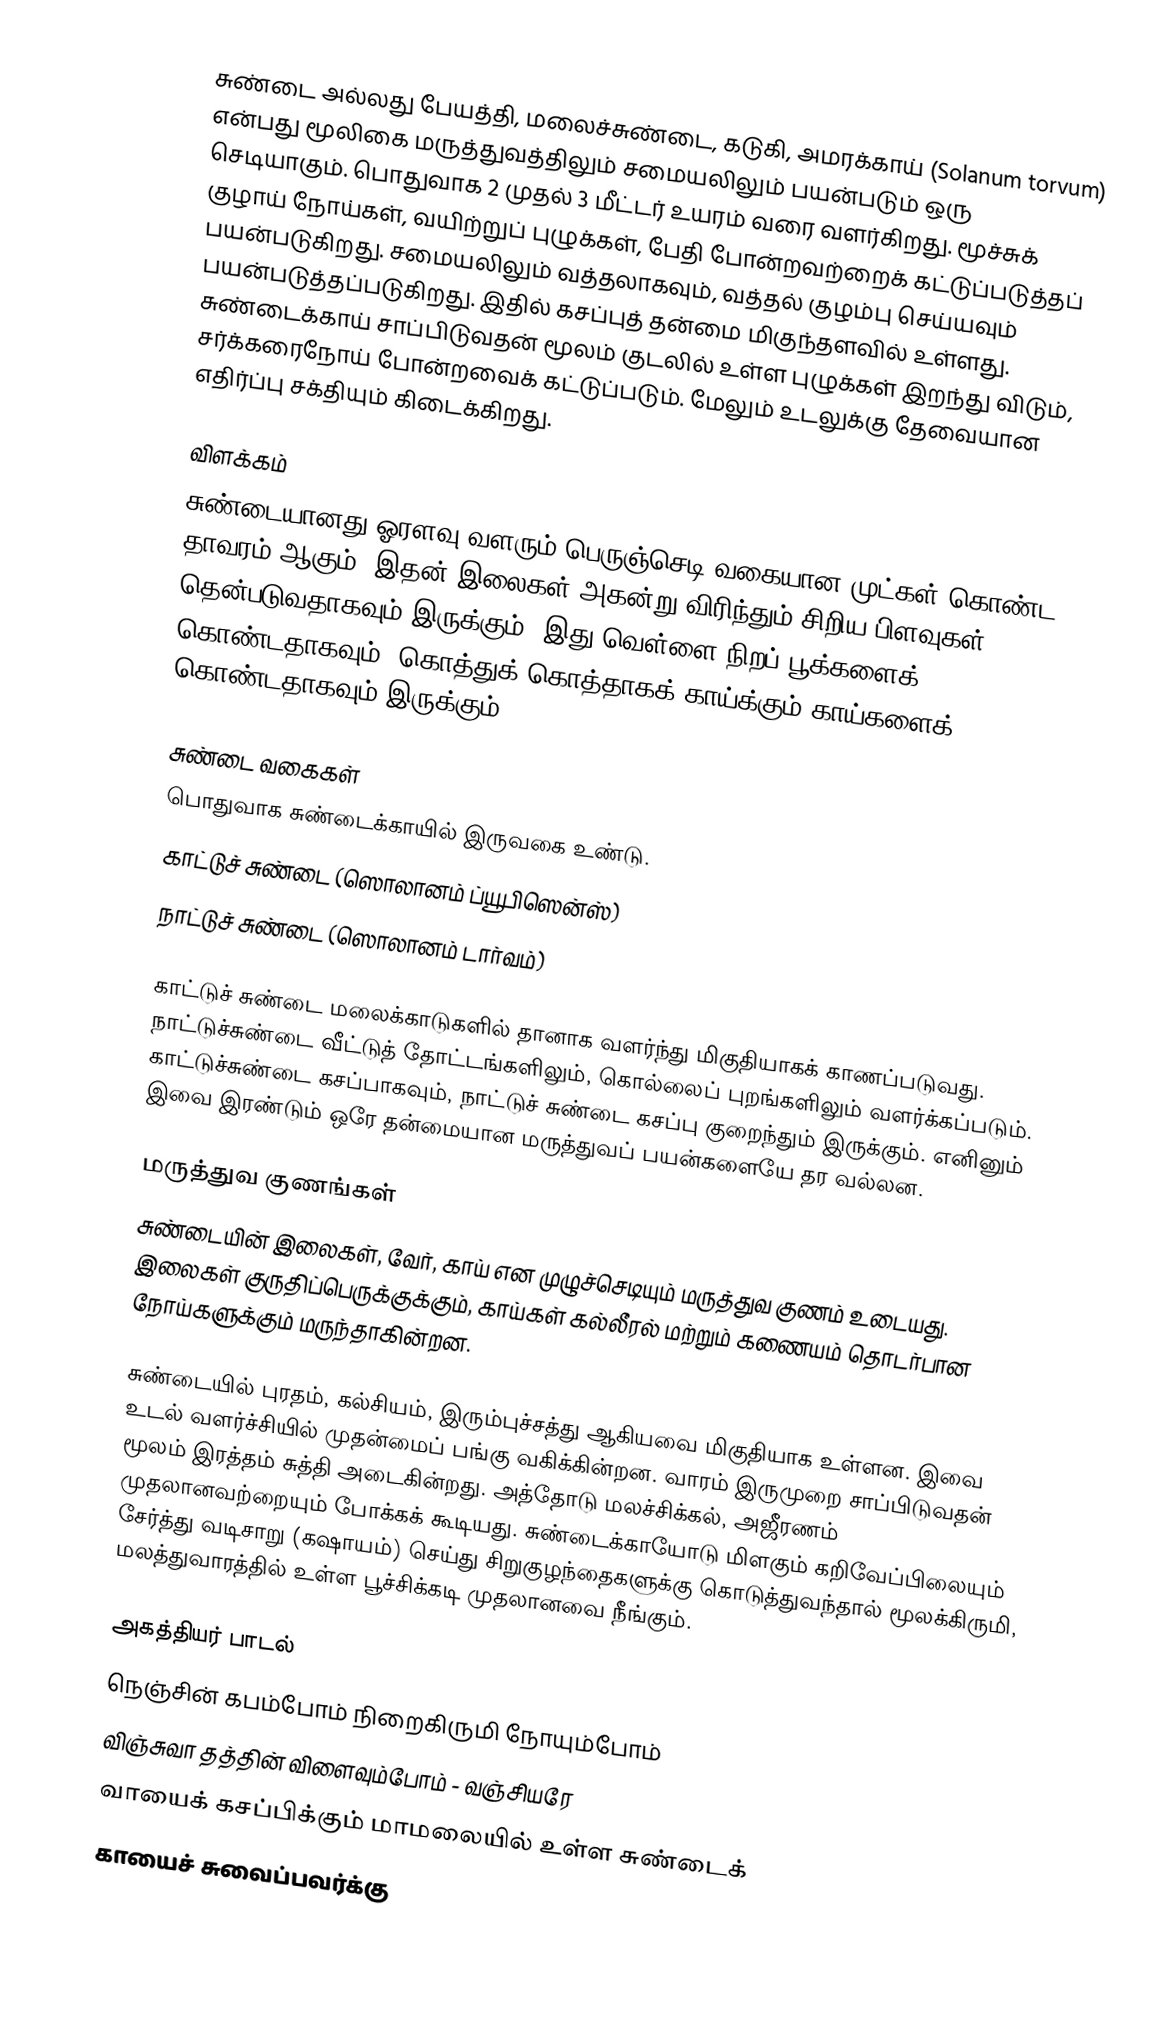
சுண்டை அல்லது பேயத்தி, மலைச்சுண்டை, கடுகி, அமரக்காய் (Solanum torvum) என்பது மூலிகை மருத்துவத்திலும் சமையலிலும் பயன்படும் ஒரு செடியாகும். பொதுவாக 2 முதல் 3 மீட்டர் உயரம் வரை  வளர்கிறது. மூச்சுக் குழாய் நோய்கள், வயிற்றுப் புழுக்கள், பேதி போன்றவற்றைக் கட்டுப்படுத்தப் பயன்படுகிறது. சமையலிலும் வத்தலாகவும், வத்தல் குழம்பு செய்யவும் பயன்படுத்தப்படுகிறது. இதில் கசப்புத் தன்மை மிகுந்தளவில் உள்ளது. சுண்டைக்காய் சாப்பிடுவதன் மூலம் குடலில் உள்ள புழுக்கள் இறந்து விடும், சர்க்கரைநோய் போன்றவைக் கட்டுப்படும். மேலும் உடலுக்கு தேவையான எதிர்ப்பு சக்தியும் கிடைக்கிறது.

விளக்கம்
சுண்டையானது ஓரளவு வளரும் பெருஞ்செடி வகையான முட்கள் கொண்ட தாவரம் ஆகும். இதன் இலைகள் அகன்று விரிந்தும் சிறிய பிளவுகள் தென்படுவதாகவும் இருக்கும். இது வெள்ளை நிறப் பூக்களைக் கொண்டதாகவும், கொத்துக் கொத்தாகக் காய்க்கும் காய்களைக் கொண்டதாகவும் இருக்கும்.

சுண்டை வகைகள்
பொதுவாக சுண்டைக்காயில் இருவகை உண்டு.
காட்டுச் சுண்டை (ஸொலானம் ப்யூபிஸென்ஸ்)
நாட்டுச் சுண்டை (ஸொலானம் டார்வம்)

காட்டுச் சுண்டை மலைக்காடுகளில் தானாக வளர்ந்து மிகுதியாகக் காணப்படுவது. நாட்டுச்சுண்டை வீட்டுத் தோட்டங்களிலும், கொல்லைப் புறங்களிலும் வளர்க்கப்படும். காட்டுச்சுண்டை கசப்பாகவும், நாட்டுச் சுண்டை கசப்பு குறைந்தும் இருக்கும். எனினும் இவை இரண்டும் ஒரே தன்மையான மருத்துவப் பயன்களையே தர வல்லன.

மருத்துவ குணங்கள்
சுண்டையின் இலைகள், வேர், காய் என முழுச்செடியும் மருத்துவ குணம் உடையது. இலைகள் குருதிப்பெருக்குக்கும், காய்கள் கல்லீரல் மற்றும் கணையம் தொடர்பான நோய்களுக்கும் மருந்தாகின்றன.

சுண்டையில் புரதம், கல்சியம், இரும்புச்சத்து ஆகியவை மிகுதியாக உள்ளன. இவை உடல் வளர்ச்சியில் முதன்மைப் பங்கு வகிக்கின்றன. வாரம் இருமுறை சாப்பிடுவதன் மூலம் இரத்தம் சுத்தி அடைகின்றது. அத்தோடு மலச்சிக்கல், அஜீரணம் முதலானவற்றையும் போக்கக் கூடியது. சுண்டைக்காயோடு மிளகும் கறிவேப்பிலையும் சேர்த்து வடிசாறு (கஷாயம்) செய்து சிறுகுழந்தைகளுக்கு கொடுத்துவந்தால் மூலக்கிருமி, மலத்துவாரத்தில் உள்ள பூச்சிக்கடி முதலானவை நீங்கும்.

அகத்தியர் பாடல்
நெஞ்சின் கபம்போம் நிறைகிருமி நோயும்போம்
விஞ்சுவா தத்தின் விளைவும்போம் - வஞ்சியரே
வாயைக் கசப்பிக்கும் மாமலையில் உள்ள சுண்டைக்
காயைச் சுவைப்பவர்க்கு